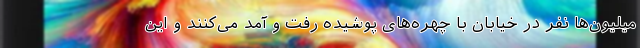
میلیون‌ها نفر در خیابان با چهره‌های پوشیده رفت و آمد می‌کنند و این